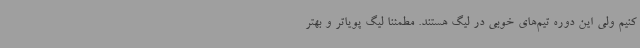
کنیم ولی این دوره تیم‌های خوبی در لیگ هستند. مطمئنا لیگ پویاتر و بهتر